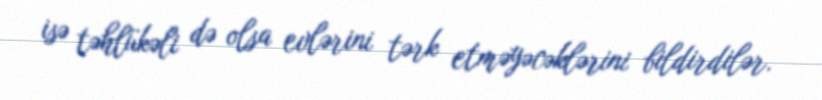
isə təhlükəli də olsa evlərini tərk etməyəcəklərini bildirdilər.